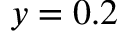
y = 0 . 2